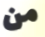
من